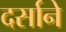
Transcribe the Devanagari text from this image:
दर्साने